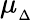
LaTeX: \mu_{_{\Delta}}